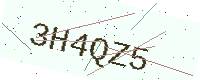
Text: 3H4QZ5